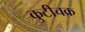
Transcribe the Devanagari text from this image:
कुटीचक्र